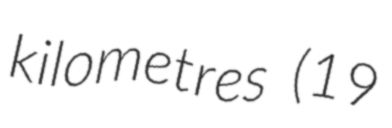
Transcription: kilometres (19